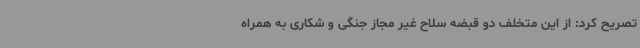
تصریح کرد: از این متخلف دو قبضه سلاح غیر مجاز جنگی و شکاری به همراه